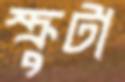
স্ক্রুটা